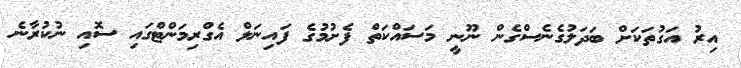
އިރު އަގުތަކަށް ބަދަލުގެނެސްގެން ނޫނީ މަސައްކަތް ފެށުމުގެ ފައިނަލް އެގްރިމަންޓްގައި ސޮއި ނުކުރާނެ